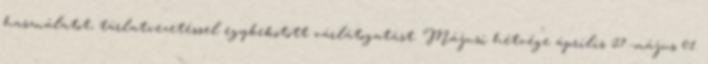
használatot, tárlatvezetéssel egybekötött várlátogatást. Májusi hétvége április 27.-május 01.